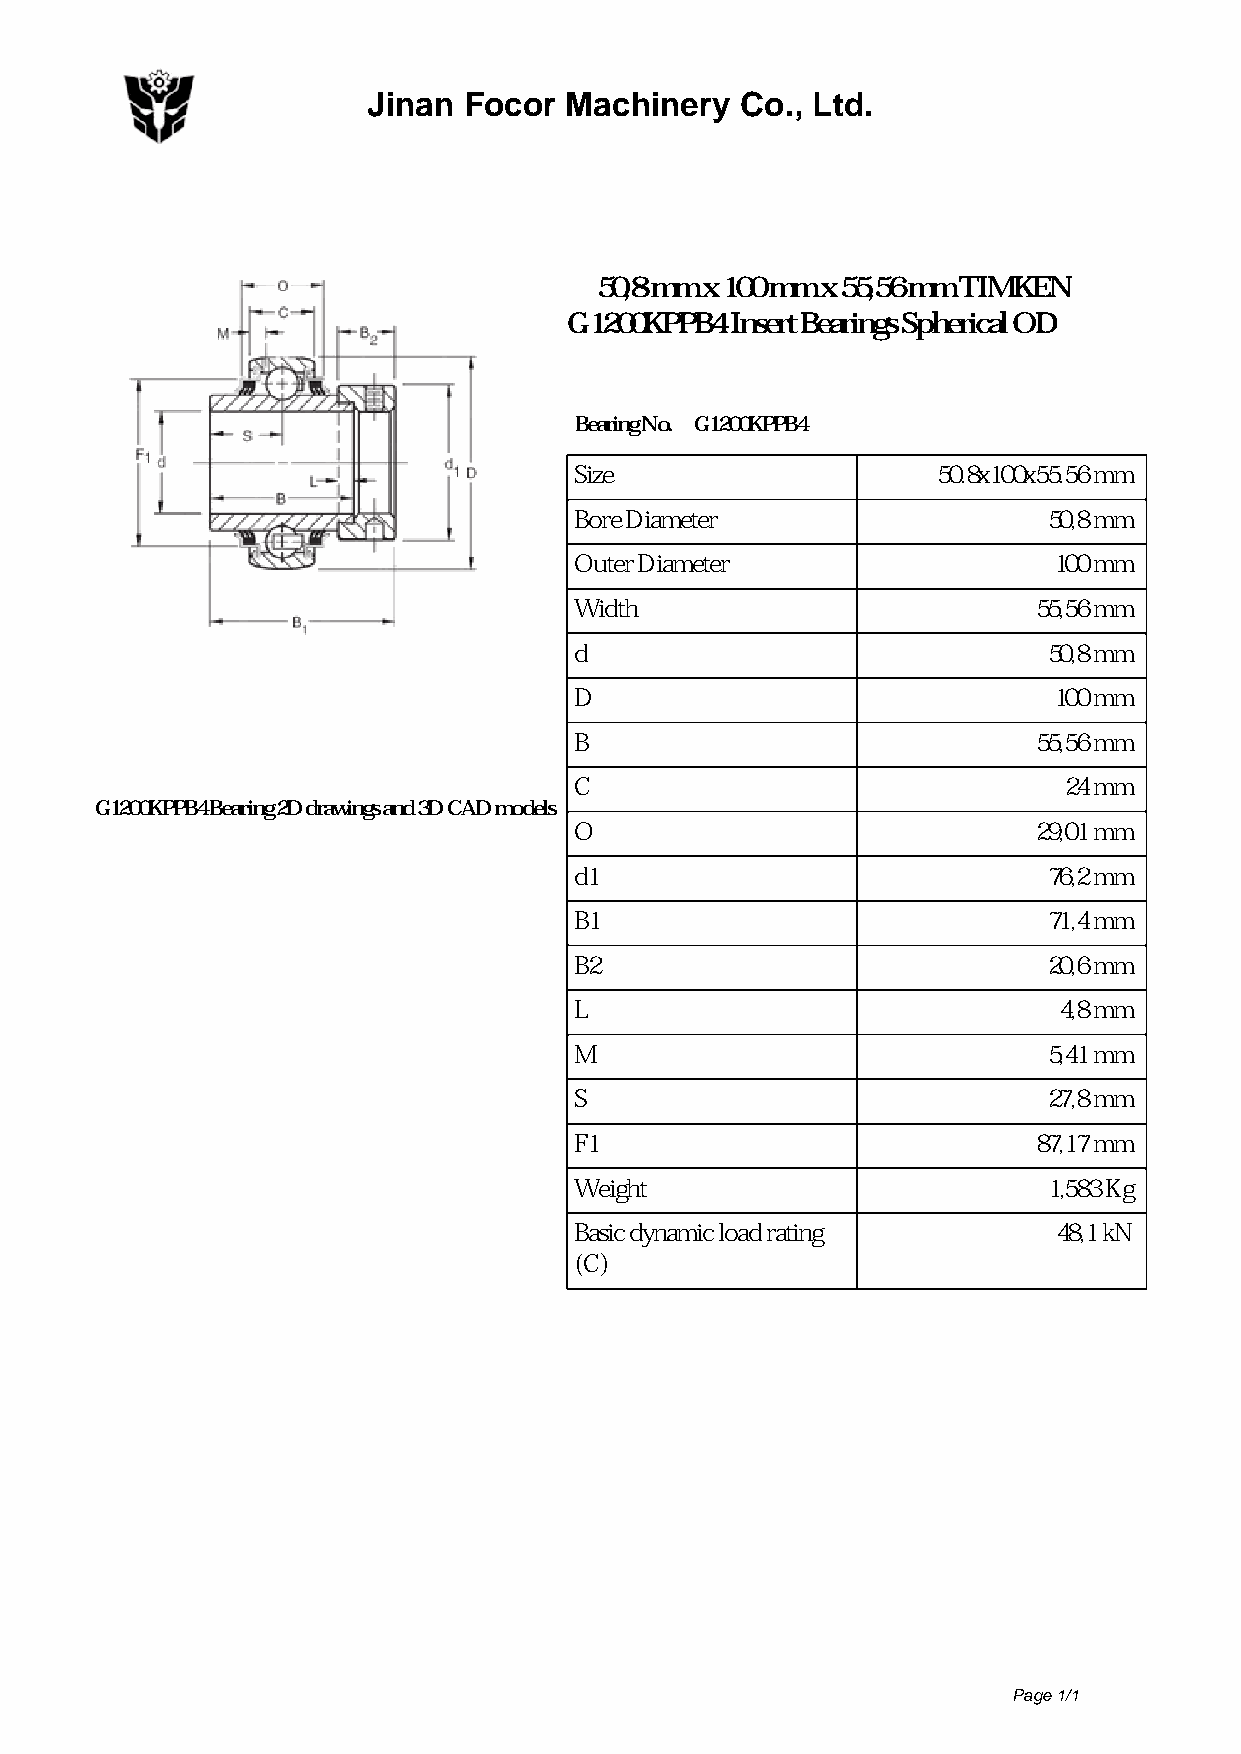
Jinan  Focor Machinery   Co., Ltd.
 50,8 mm x 100 mm x 55,56 mm TIMKEN
 G1200KPPB4 Insert Bearings Spherical OD
 Bearing No. G1200KPPB4
 Size                    50.8x100x55.56 mm
 Bore Diameter                  50,8 mm
 Outer Diameter                  100 mm
 Width                          55,56 mm
 d                              50,8 mm
 D                               100 mm
 B                              55,56 mm
 C                               24 mm
 G1200KPPB4 Bearing 2D drawings and 3D CAD models
 O                              29,01 mm
 d1                             76,2 mm
 B1                             71,4 mm
 B2                             20,6 mm
 L                               4,8 mm
 M                              5,41 mm
 S                              27,8 mm
 F1                             87,17 mm
 Weight                         1,583 Kg
 Basic dynamic load rating       48,1 kN
 (C)
 Page 1/1
 Powered by TCPDF (www.tcpdf.org)